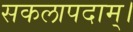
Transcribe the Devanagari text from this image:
सकलापदाम्‌।